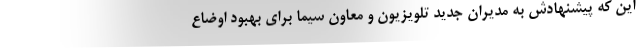
این که پیشنهادش به مدیران جدید تلویزیون و معاون سیما برای بهبود اوضاع